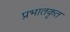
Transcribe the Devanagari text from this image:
प्रभातकृत